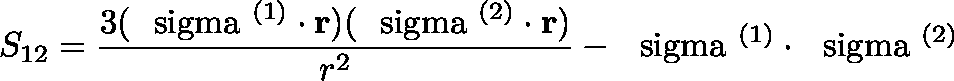
S _ { 1 2 } = \frac { 3 ( \mathrm { \boldmath ~ \ s i g m a ~ } ^ { ( 1 ) } \cdot { \bf r } ) ( \mathrm { \boldmath ~ \ s i g m a ~ } ^ { ( 2 ) } \cdot { \bf r } ) } { r ^ { 2 } } - \mathrm { \boldmath ~ \ s i g m a ~ } ^ { ( 1 ) } \cdot \mathrm { \boldmath ~ \ s i g m a ~ } ^ { ( 2 ) }